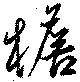
檐